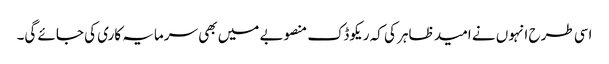
اسی طرح انہوں نے امید ظاہر کی کہ ریکوڈک منصوبے میں بھی سرمایہ کاری کی جائے گی۔